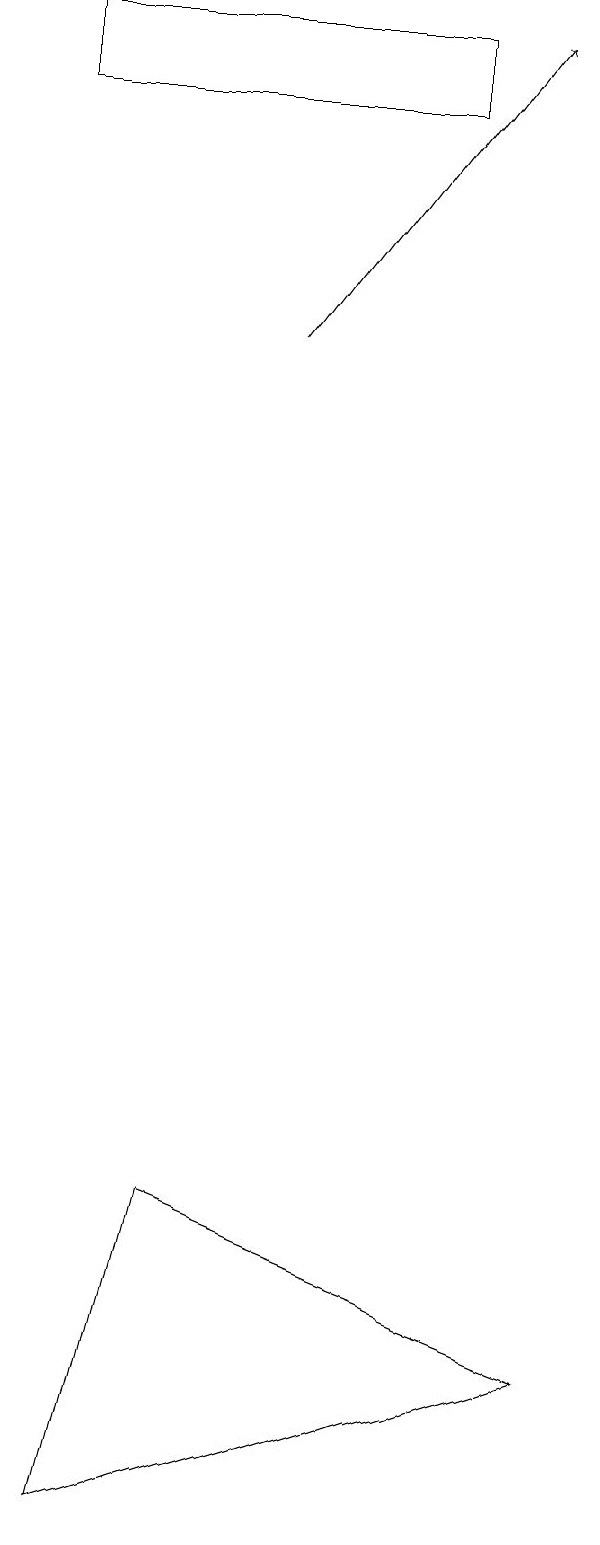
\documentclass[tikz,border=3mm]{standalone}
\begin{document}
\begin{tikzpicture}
\draw (2,4) -- (7,2) -- (1,0) -- cycle;
\draw (5,19) rectangle (0,18);
\draw[->] (3,15) -- (6,19);
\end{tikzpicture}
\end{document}